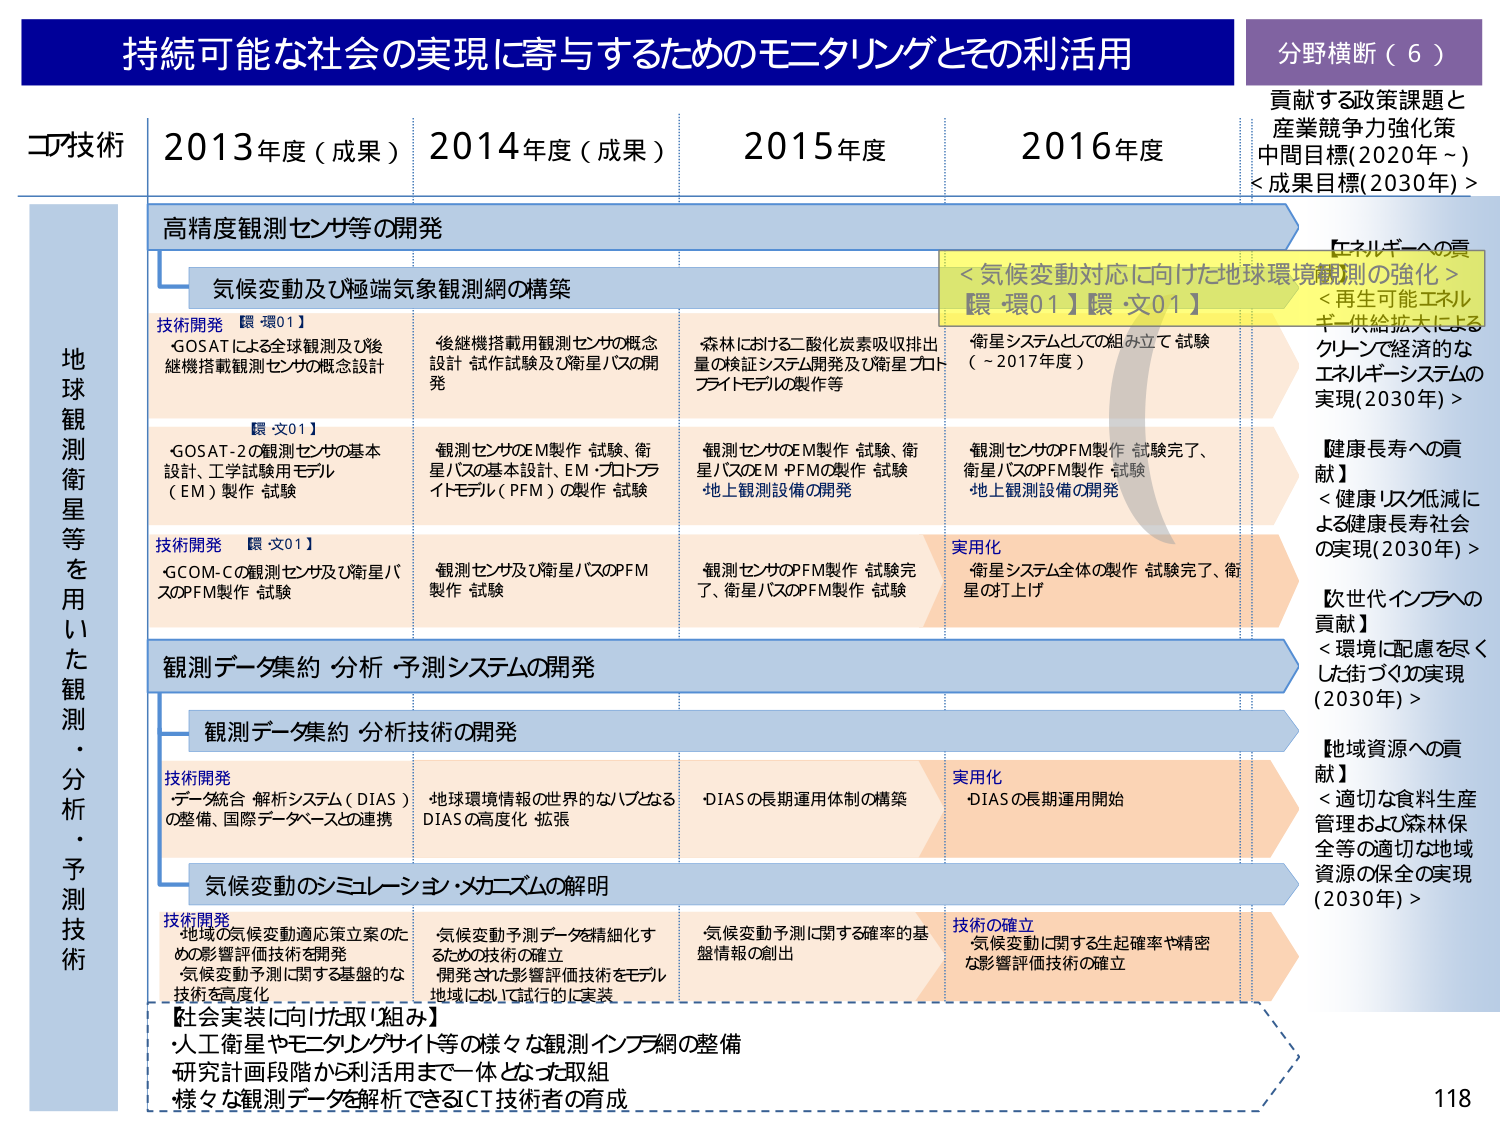
持続可能な社会の実現に寄与するためのモニタリングとその利活用
分野横断（６）
貢献する政策課題と産業競争力強化策
中間目標(2020年～)
<成果目標(2030年)>

コア技術
2013年度（成果）
2014年度（成果）
2015年度
2016年度

地球観測衛星等を用いた観測・分析・予測技術

高精度観測センサ等の開発

気候変動及び極端気象観測網の構築

技術開発 【環-環01】
・GOSATによる全球観測及び後継機搭載観測センサの概念設計
【環-文01】
・GOSAT-2の観測センサの基本設計、工学試験用モデル（EM）製作 試験
技術開発 【環-文01】
・GCOM-Cの観測センサ及び衛星バスのPFM製作 試験

・後継機搭載用観測センサの概念設計 試作試験及び衛星バスの開発
・観測センサのEM製作 試験、衛星バスの基本設計、EM・プロトタイプモデル（PFM）の製作 試験
・観測センサ及び衛星バスのPFM製作 試験

・森林における二酸化炭素吸収排出量の検証システム開発及び衛星プロトタイプモデルの製作等
・観測センサのEM製作 試験、衛星バスのEM・PFMの製作 試験
地上観測設備の開発
・観測センサのPFM製作 試験完了、衛星バスのPFM製作 試験
地上観測設備の開発

・衛星システムとしての組み立て 試験（～2017年度）
・観測センサのPFM製作 試験完了、衛星バスのPFM製作 試験
地上観測設備の開発
実用化
・衛星システム全体の製作 試験完了、衛星の打上げ

＜気候変動対応に向けた地球環境観測の強化＞
【環-環01】【環-文01】
【エネルギーへの貢献】
＜再生可能エネルギー供給拡大によるクリーンで経済的なエネルギーシステムの実現(2030年)＞
【健康長寿への貢献】
＜健康リスク低減による健康長寿社会の実現(2030年)＞
【次世代インフラへの貢献】
＜環境に配慮を尽くした街づくりの実現(2030年)＞
【地域資源への貢献】
＜適切な食料生産管理および森林保全等の適切な地域資源の保全の実現(2030年)＞

観測データ集約・分析・予測システムの開発

観測データ集約・分析技術の開発

技術開発
・データ統合解析システム（DIAS）の整備、国際データベースとの連携
・地球環境情報の世界的なハブとなるDIASの高度化・拡張
・DIASの長期運用体制の構築
実用化
・DIASの長期運用開始

気候変動のシミュレーション・メカニズムの解明

技術開発
・地域の気候変動適応策立案のための影響評価技術を開発
・気候変動予測に関する基礎的な技術を高度化
・気候変動予測データを精細化するための技術の確立
・開発された影響評価技術をモデル地域において試行的に実装
・気候変動予測に関する確率的基盤情報の創出
技術の確立
・気候変動に関する生起確率や精密な影響評価技術の確立

【社会実装に向けた取り組み】
・人工衛星やモニタリングサイト等の様々な観測インフラ網の整備
・研究計画段階から利活用まで一体となった取組
・様々な観測データを解析できるCT技術者の育成

118